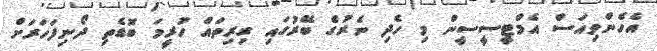
އެހެންވިއަސް އެމްޓީސީސީން މި ހެދި ނެރުގެ ބޭރުގައި ގިރިތައް ހުރީމަ ބޮޑެތި ދޯނިފަހަރަށް